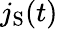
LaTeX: j_{\mathrm{S}}(t)